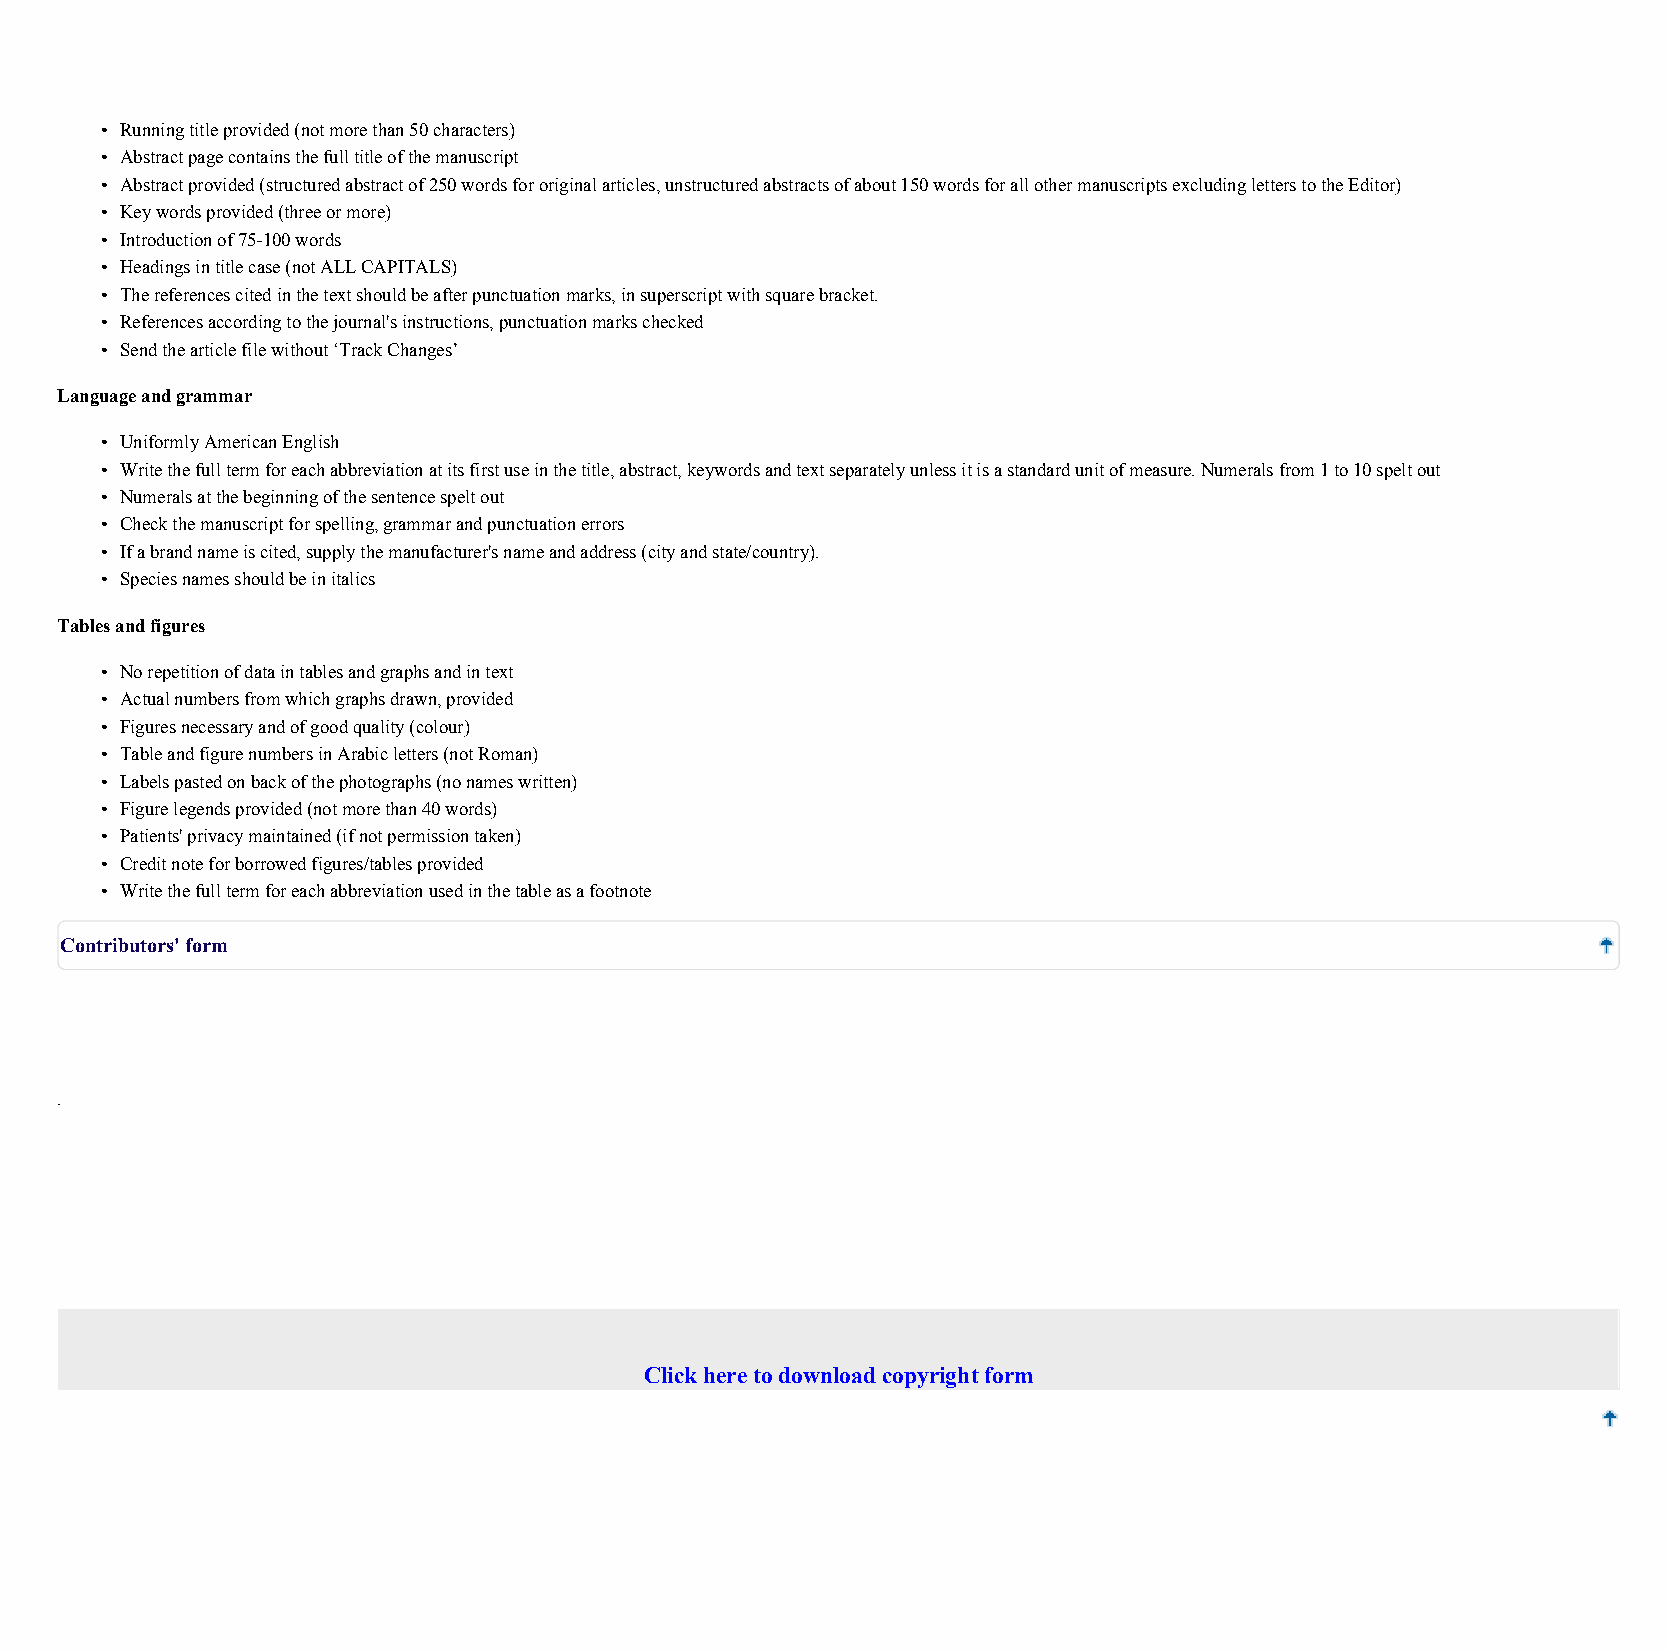
• Runningtitleprovided(notmorethan50characters)
 • Abstractpagecontainsthefulltitleofthemanuscript
 • Abstractprovided(structuredabstractof250wordsfororiginalarticles,unstructuredabstractsofabout150wordsforallothermanuscriptsexcludingletterstotheEditor)
 • Keywordsprovided(threeormore)
 • Introductionof75-100words
 • Headingsintitlecase(notALLCAPITALS)
 • Thereferencescitedinthetextshouldbeafterpunctuationmarks,insuperscriptwithsquarebracket.
 • Referencesaccordingtothejournal'sinstructions,punctuationmarkschecked
 • Sendthearticlefilewithout‘TrackChanges’
 Languageandgrammar
 • UniformlyAmericanEnglish
 • Writethefulltermforeachabbreviationatitsfirstuseinthetitle,abstract,keywordsandtextseparatelyunlessitisastandardunitofmeasure.Numeralsfrom1to10speltout
 • Numeralsatthebeginningofthesentencespeltout
 • Checkthemanuscriptforspelling,grammarandpunctuationerrors
 • Ifabrandnameiscited,supplythemanufacturer'snameandaddress(cityandstate/country).
 • Speciesnamesshouldbeinitalics
 Tablesandfigures
 • Norepetitionofdataintablesandgraphsandintext
 • Actualnumbersfromwhichgraphsdrawn,provided
 • Figuresnecessaryandofgoodquality(colour)
 • TableandfigurenumbersinArabicletters(notRoman)
 • Labelspastedonbackofthephotographs(nonameswritten)
 • Figurelegendsprovided(notmorethan40words)
 • Patients'privacymaintained(ifnotpermissiontaken)
 • Creditnoteforborrowedfigures/tablesprovided
 • Writethefulltermforeachabbreviationusedinthetableasafootnote
 Contributors'form
 .
 Clickheretodownloadcopyrightform